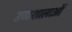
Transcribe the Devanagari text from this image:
उच्चशालाओं